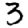
Digit: 3